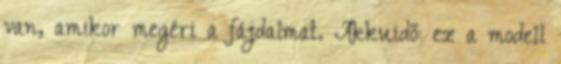
van, amikor megéri a fájdalmat. Akkuidő: ez a modell